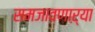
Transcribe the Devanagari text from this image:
समजावणाऱ्या